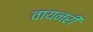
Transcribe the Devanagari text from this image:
वायनरी